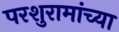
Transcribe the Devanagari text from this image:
परशुरामांच्या